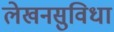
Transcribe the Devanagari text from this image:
लेखनसुविधा